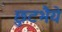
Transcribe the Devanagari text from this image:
छुटभैये